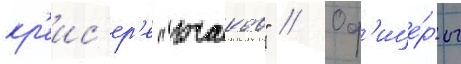
кр'еис'ер'е "очаков" // Оф'ице́ры